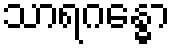
သာရဂန္ဓော